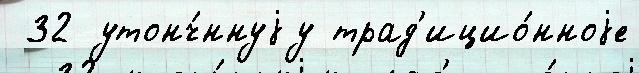
 32 утонч́ннуjу трад'ицио́нноjе